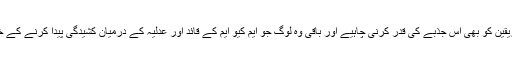
انہوں نے جس وسیع القلبی اور معاملہ فہمی کا ثبوت دیا ہے تو دوسرے فریقین کو بھی اس جذبے کی قدر کرنی چاہیے اور باقی وہ لوگ جو ایم کیو ایم کے قائد اور عدلیہ کے درمیان کشیدگی پیدا کرنے کے خواب دیکھنے میں مصروف تھے انکے تمام خوابوں پر پانی پھیر دیا ہے۔